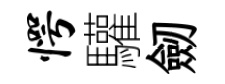
愕驩劒